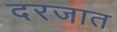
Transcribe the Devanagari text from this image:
दरजात